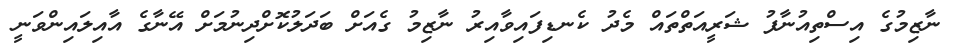
ނާޒިމުގެ އިސްތިއުނާފު ޝަރީއަތްތައް މެދު ކެނޑިފައިވާއިރު ނާޒިމު ގެއަށް ބަދަލުކޮށްދިނުމަށް އޭނާގެ އާއިލައިންވަނީ